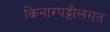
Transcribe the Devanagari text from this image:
किनारपट्टीलगत